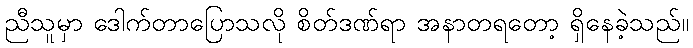
ညီသူမှာ ဒေါက်တာပြောသလို စိတ်ဒဏ်ရာ အနာတရတော့ ရှိနေခဲ့သည်။